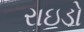
રાઇડો